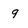
Character: 9